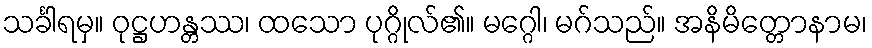
သင်္ခါရမှ။ ဝုဋ္ဌဟန္တဿ၊ ထသော ပုဂ္ဂိုလ်၏။ မဂ္ဂေါ၊ မဂ်သည်။ အနိမိတ္တောနာမ၊